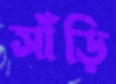
সাঁড়ি